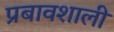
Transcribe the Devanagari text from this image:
प्रबावशाली